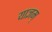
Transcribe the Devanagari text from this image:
याज्ञम्